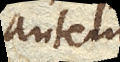
autem